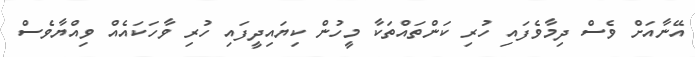
އޭނާއަށް ވެސް ދިމާވެފައި ހުރި ކަންތަައްތަކާ މީހުން ކިޔައިދީފައި ހުރި ވާހަކައެއް ވިއްޔާވެސް